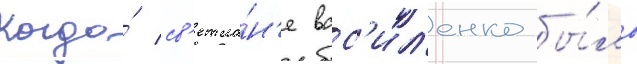
Когда́ св'етла́н'е вас'ил'енко бы́ло